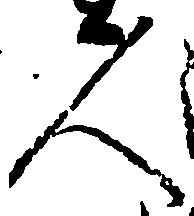
人